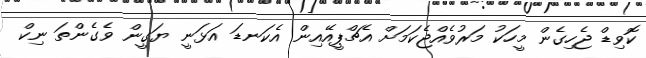
ކޮވިޑް ޖެހިގެން މީހަކު މަރުވެއްޖެކަމަށް އެޗްޕީއޭއިން އެކަނޑަ އަޅަނީ ޔަގީން ވެގެންތަ ނިކް